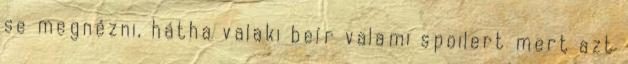
se megnézni, hátha valaki beír valami spoilert mert azt